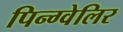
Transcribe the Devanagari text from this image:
पिन्ग्वेलिर